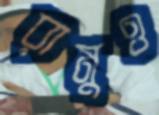
রামুও